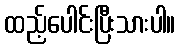
ထည့်ပေါင်းပြီးသားပါ။